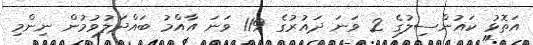
އަތޮޅު ކައުންސިލުގެ 2 ވަނަ ދައުރުގެ 119 ވަނަ އާއްމު ބައްދަލުވުމުން ނިންމި